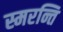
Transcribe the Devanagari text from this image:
स्मरन्ति